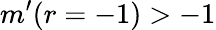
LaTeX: m^{\prime}(r=-1)>-1